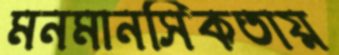
মনমানসিকতায়